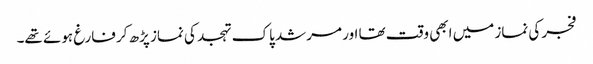
فجر کی نماز میں ابھی وقت تھا اور مرشد پاک تہجد کی نماز پڑھ کر فارغ ہوئے تھے۔